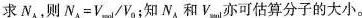
求N_{a}，则N_{A}=V_{mol}/V_{0}；知N_{A}，和V_{mol}亦可估算分子的大小。